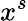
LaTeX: x^{s}